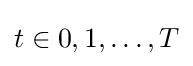
t\in {0,1,\ldots ,T}